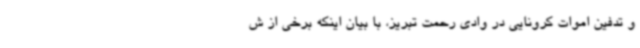
و تدفین اموات کرونایی در وادی رحمت تبریز، با بیان اینکه برخی از ش